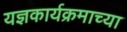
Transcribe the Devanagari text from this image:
यज्ञकार्यक्रमाच्या